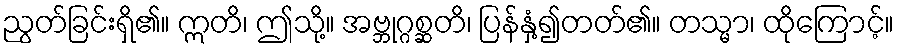
ညွတ်ခြင်းရှိ၏။ ဣတိ၊ ဤသို့။ အဗ္ဘုဂ္ဂစ္ဆတိ၊ ပြန်နှံ့၍တတ်၏။ တသ္မာ၊ ထိုကြောင့်။